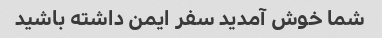
شما خوش آمدید سفر ایمن داشته باشید